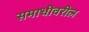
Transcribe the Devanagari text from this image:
समाधीवरील